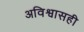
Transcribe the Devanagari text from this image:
अविश्वासही